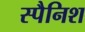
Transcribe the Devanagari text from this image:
स्‍पैनिश